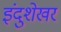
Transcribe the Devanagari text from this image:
इंदुशेखर